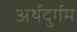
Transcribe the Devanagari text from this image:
अर्थदुर्गम